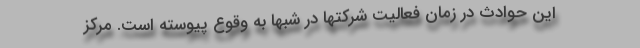
این حوادث در زمان فعالیت شرکتها در شبها به وقوع پیوسته است. مرکز